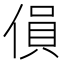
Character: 傊